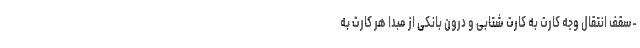
-سقف انتقال وجه کارت به کارت شتابی و درون بانکی از مبدا هر کارت به